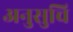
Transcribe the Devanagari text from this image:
अनुसुचि